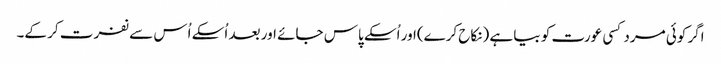
اگر کوئی مرد کسی عورت کو بیا ہے (نکاح کرے)اور اُسکے پاس جائے اور بعد اُسکے اُس سے نفرت کر کے۔